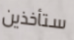
ستأخذين